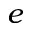
e